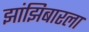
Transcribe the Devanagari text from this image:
झांझिबारला